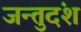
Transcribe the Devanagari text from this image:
जन्तुदंश